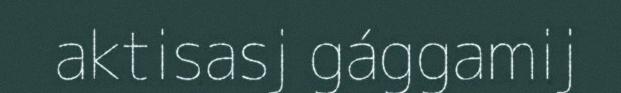
aktisasj gággamij